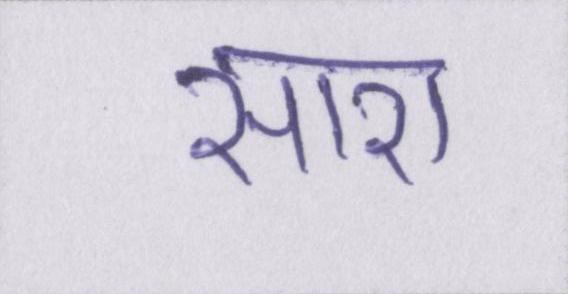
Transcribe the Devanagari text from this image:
सारा